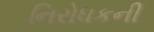
નિરોધકની